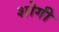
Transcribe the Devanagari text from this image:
शोगी